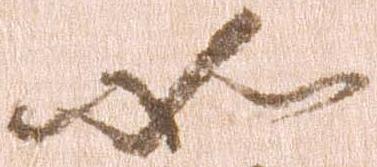
如